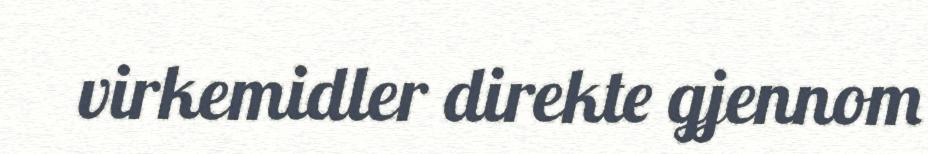
virkemidler direkte gjennom